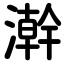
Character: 澣